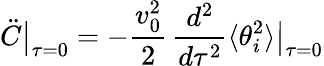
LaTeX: \ddot{C}\big|_{\tau=0}=-{\frac{v_{0}^{2}}{2}}\, {\frac{d^{2}}{d\tau^{2}}}\langle\theta_{i}^{2}\rangle\big|_{\tau=0}